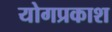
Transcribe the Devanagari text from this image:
योगप्रकाश